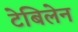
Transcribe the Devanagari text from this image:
टेबिलेन